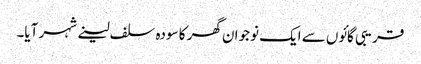
قریبی گائوں سے ایک نوجوان گھر کا سودہ سلف لینے شہر آیا۔